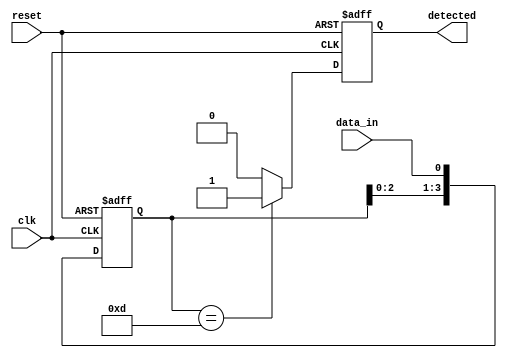
module pattern_detector #(
    parameter PATTERN_LENGTH = 4  // Length of the pattern to be detected
) (
    input wire clk,                // Clock input
    input wire reset,              // Asynchronous reset
    input wire data_in,            // Input data stream
    output reg detected            // Output signal indicating pattern detection
);

    // Pattern to be detected (example: "1101")
    reg [PATTERN_LENGTH-1:0] pattern = 4'b1101;
    
    // Flip-flops to capture the incoming data
    reg [PATTERN_LENGTH-1:0] shift_reg;

    // Sequential logic for data capture and pattern detection
    always @(posedge clk or posedge reset) begin
        if (reset) begin
            // Reset the shift register and output signal
            shift_reg <= 0;
            detected <= 0;
        end else begin
            // Shift in the new data bit
            shift_reg <= {shift_reg[PATTERN_LENGTH-2:0], data_in};

            // Compare the shift register with the pattern
            if (shift_reg == pattern) begin
                detected <= 1;  // Pattern detected
            end else begin
                detected <= 0;  // No pattern detected
            end
        end
    end

endmodule